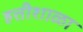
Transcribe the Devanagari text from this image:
हत्तीशाळा